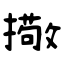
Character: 擏